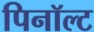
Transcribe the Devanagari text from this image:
पिनॉल्ट